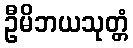
ဦမိဘယသုတ္တံ